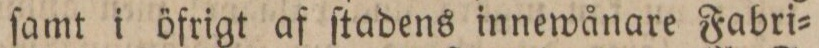
ſamt i öfrigt af ſtadens innewånare Fabri=